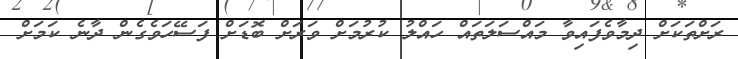
ރަށްތަކަށް ދިމާވެފައިވާ މައްސަލަތައް ހައްލު ކުރުމަށް ވަރަށް ބޮޑަށް ފަސޭހަވެގެން ދާނެ ކަމަށް